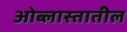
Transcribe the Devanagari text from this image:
ओब्लास्तातील